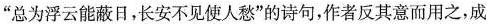
“总为浮云能蔽日，长安不见使人愁”的诗句，作者反其意而用之，成